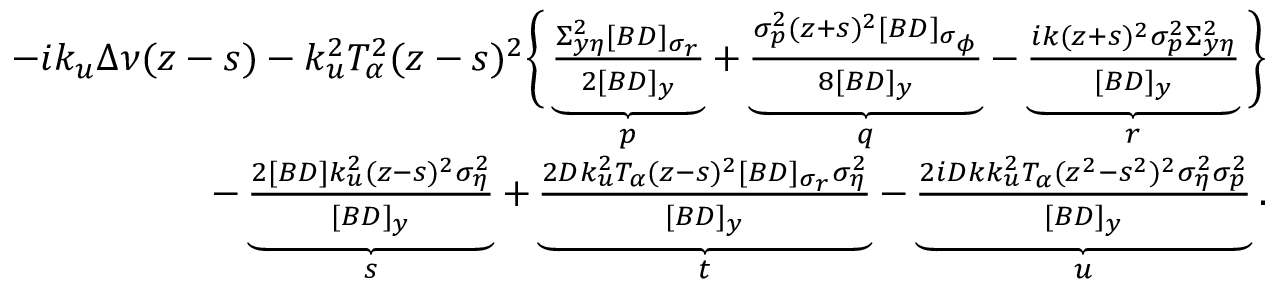
\begin{array} { r l r } & { } & { - i k _ { u } \Delta \nu ( z - s ) - k _ { u } ^ { 2 } T _ { \alpha } ^ { 2 } ( z - s ) ^ { 2 } \Bigg \{ \underbrace { \frac { \Sigma _ { y \eta } ^ { 2 } [ B D ] _ { \sigma _ { r } } } { 2 [ B D ] _ { y } } } _ { p } + \underbrace { \frac { \sigma _ { p } ^ { 2 } ( z + s ) ^ { 2 } [ B D ] _ { \sigma _ { \phi } } } { 8 [ B D ] _ { y } } } _ { q } - \underbrace { \frac { i k ( z + s ) ^ { 2 } \sigma _ { p } ^ { 2 } \Sigma _ { y \eta } ^ { 2 } } { [ B D ] _ { y } } } _ { r } \Bigg \} } \\ & { } & { \qquad - \underbrace { \frac { 2 [ B D ] k _ { u } ^ { 2 } ( z - s ) ^ { 2 } \sigma _ { \eta } ^ { 2 } } { [ B D ] _ { y } } } _ { s } + \underbrace { \frac { 2 D k _ { u } ^ { 2 } T _ { \alpha } ( z - s ) ^ { 2 } [ B D ] _ { \sigma _ { r } } \sigma _ { \eta } ^ { 2 } } { [ B D ] _ { y } } } _ { t } - \underbrace { \frac { 2 i D k k _ { u } ^ { 2 } T _ { \alpha } ( z ^ { 2 } - s ^ { 2 } ) ^ { 2 } \sigma _ { \eta } ^ { 2 } \sigma _ { p } ^ { 2 } } { [ B D ] _ { y } } } _ { u } . } \end{array}